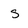
Character: s